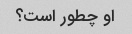
او چطور است؟